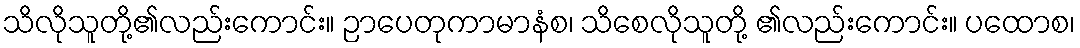
သိလိုသူတို့၏လည်းကောင်း။ ဉာပေတုကာမာနံစ၊ သိစေလိုသူတို့ ၏လည်းကောင်း။ ပထောစ၊